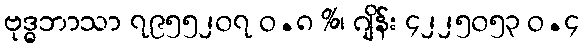
ဗုဒ္ဓဘာသာ ၇၉၅၅၂၀၇ ဝ.၈ %၊ ဂျိန်း ၄၂၂၅၀၅၃ ဝ.၄